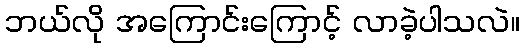
ဘယ်လို အကြောင်းကြောင့် လာခဲ့ပါသလဲ။